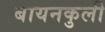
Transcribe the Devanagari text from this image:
बायनकुली